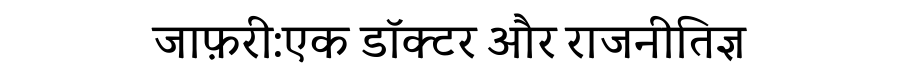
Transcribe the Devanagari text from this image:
जाफ़री:एक डॉक्टर और राजनीतिज्ञ